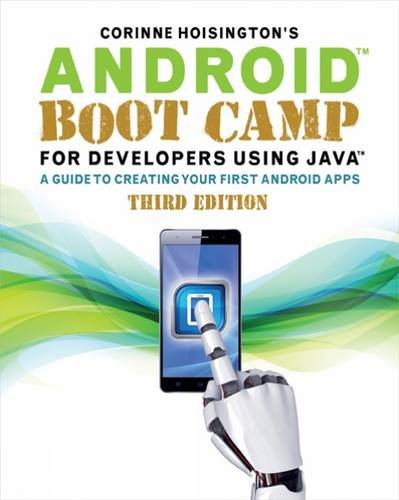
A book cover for Android Boot Camp for Developers Using Java: A Guide to Creating Your First Android Apps; Corinne Hoisington; Computers & Technology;